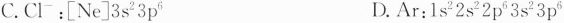
C.Cl^{-}：[Ne]3s^{2}3p^{6} D.Ar：1s^{2}2s^{2}2p^{6}3s^{2}3p^{6}